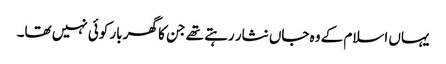
یہاں اسلام کے وہ جاں نثار رہتے تھے جن کا گھر بار کوئی نہیں تھا۔